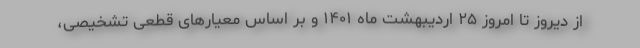
از دیروز تا امروز ۲۵ اردیبهشت ماه ۱۴۰۱ و بر اساس معیارهای قطعی تشخیصی،